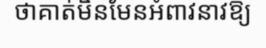
ថាគាត់មិនមែនអំពាវនាវឱ្យ